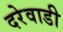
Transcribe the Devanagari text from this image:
दरेवाडी